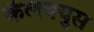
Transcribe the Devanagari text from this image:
कॅलक्युस